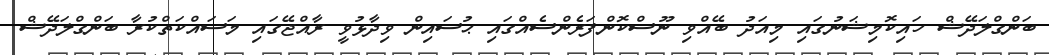
ބަންގްލަދޭޝް ހައިކޮމިޝަނުގައި މިއަދު ބޭއްވި ނޫސްކޮންފަރެންސެއްގައި ޙުސައިން ވިދާޅުވީ ރާއްޖޭގައި މަސައްކަތްކުރާ ބަންގްލަދޭޝް